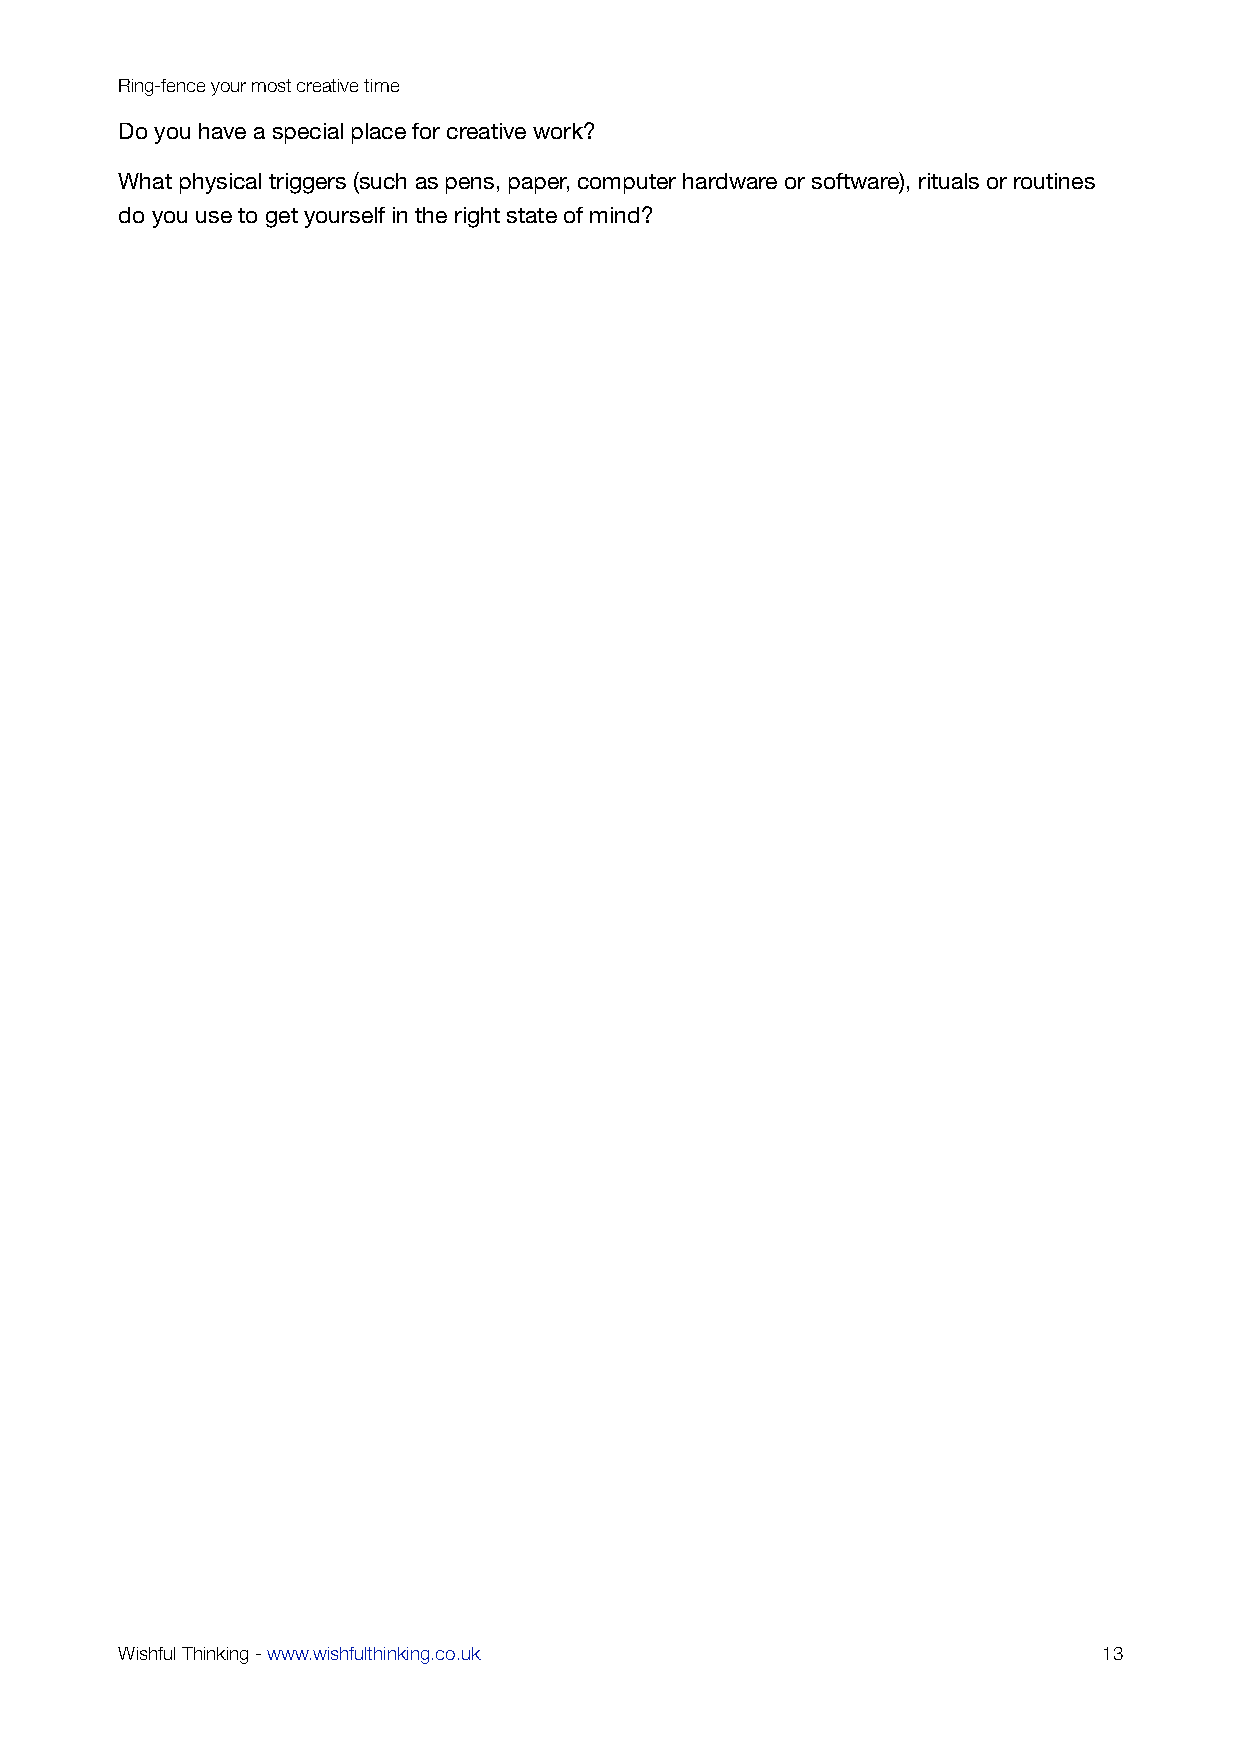
Ring-fence your most creative time
 Do you have a special place for creative work?
 What physical triggers (such as pens, paper, computer hardware or software), rituals or routines
 do you use to get yourself in the right state of mind?
 Wishful Thinking - www.wishfulthinking.co.uk                     13